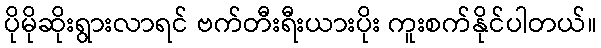
ပိုမိုဆိုးရွားလာရင် ဗက်တီးရီးယားပိုး ကူးစက်နိုင်ပါတယ်။